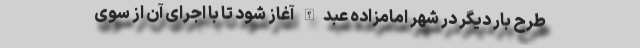
طرح بار دیگر در شهر امامزاده عبدالله آغاز شود تا با اجرای آن از سوی